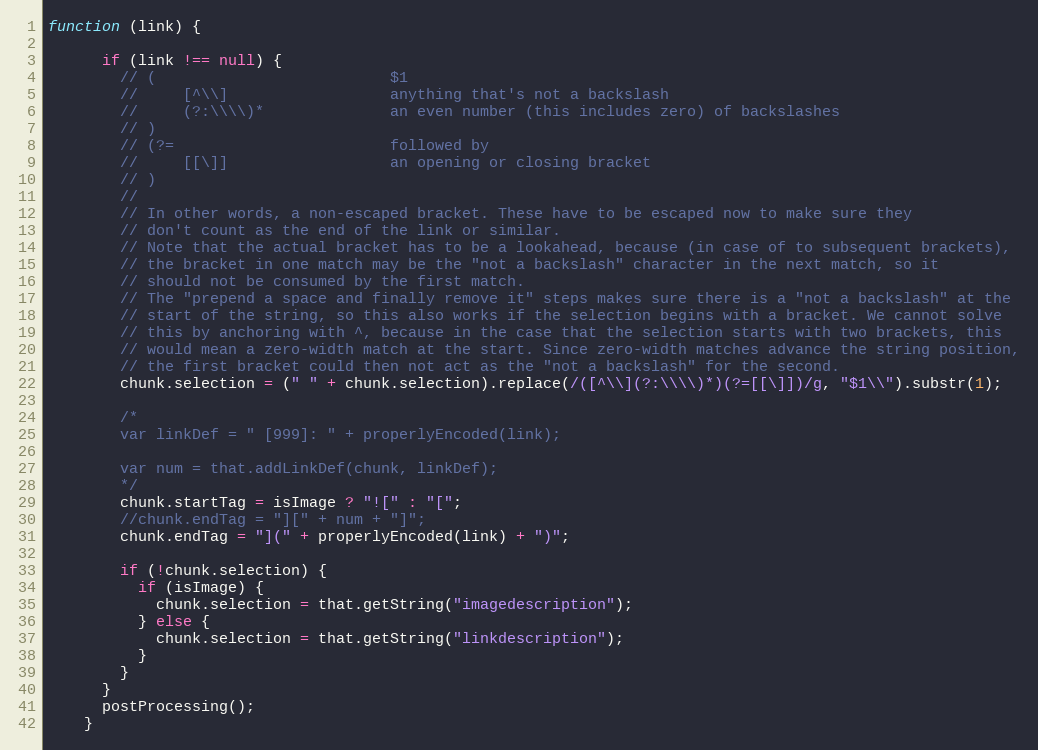
Language: JavaScript
function (link) {

      if (link !== null) {
        // (                          $1
        //     [^\\]                  anything that's not a backslash
        //     (?:\\\\)*              an even number (this includes zero) of backslashes
        // )
        // (?=                        followed by
        //     [[\]]                  an opening or closing bracket
        // )
        //
        // In other words, a non-escaped bracket. These have to be escaped now to make sure they
        // don't count as the end of the link or similar.
        // Note that the actual bracket has to be a lookahead, because (in case of to subsequent brackets),
        // the bracket in one match may be the "not a backslash" character in the next match, so it
        // should not be consumed by the first match.
        // The "prepend a space and finally remove it" steps makes sure there is a "not a backslash" at the
        // start of the string, so this also works if the selection begins with a bracket. We cannot solve
        // this by anchoring with ^, because in the case that the selection starts with two brackets, this
        // would mean a zero-width match at the start. Since zero-width matches advance the string position,
        // the first bracket could then not act as the "not a backslash" for the second.
        chunk.selection = (" " + chunk.selection).replace(/([^\\](?:\\\\)*)(?=[[\]])/g, "$1\\").substr(1);

        /*
        var linkDef = " [999]: " + properlyEncoded(link);

        var num = that.addLinkDef(chunk, linkDef);
        */
        chunk.startTag = isImage ? "![" : "[";
        //chunk.endTag = "][" + num + "]";
        chunk.endTag = "](" + properlyEncoded(link) + ")";

        if (!chunk.selection) {
          if (isImage) {
            chunk.selection = that.getString("imagedescription");
          } else {
            chunk.selection = that.getString("linkdescription");
          }
        }
      }
      postProcessing();
    }